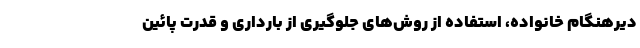
دیرهنگام خانواده، استفاده از روش‌های جلوگیری از بارداری و قدرت پائین